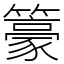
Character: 籇